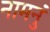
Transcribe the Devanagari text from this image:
नामनुं